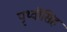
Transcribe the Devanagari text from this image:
पृथ्वीसिह